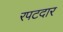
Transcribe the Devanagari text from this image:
रपटदार